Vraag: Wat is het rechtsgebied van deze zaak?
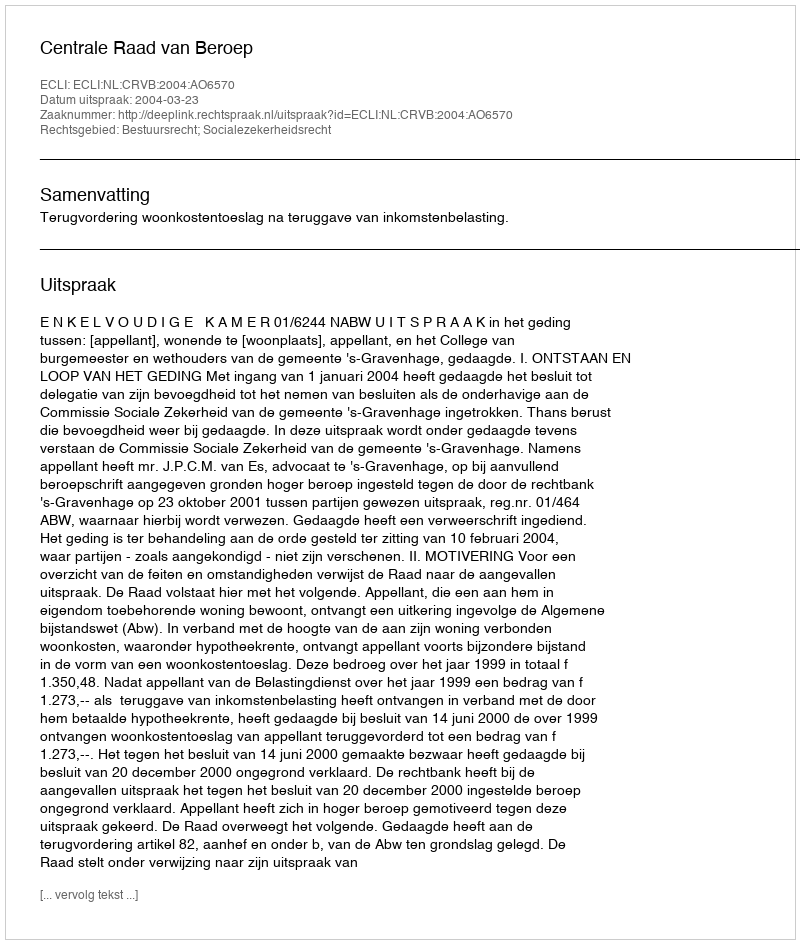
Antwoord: Bestuursrecht; Socialezekerheidsrecht